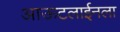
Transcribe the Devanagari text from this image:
आऊटलाईनला